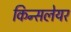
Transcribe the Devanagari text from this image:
किन्सलेयर